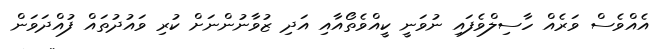
އެއްވެސް ވަރެއް ހާސިލްވެފައި ނުވަނީ ކީއްވެތޯއާއި އަދި ޒުވާނުންނަށް ކުރި ވައުދުތައް ފުއްދަވަން